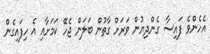
އެހެންވެ ފައިސާ ގެންދިޔުން ވަރަށް ގާތުން ބަލަން ޖެހޭ ކަމަށާއި އެ ހިފައިގެން